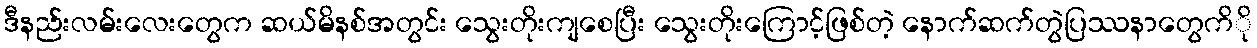
ဒီနည်းလမ်းလေးတွေက ဆယ်မိနစ်အတွင်း သွေးတိုးကျစေပြီး သွေးတိုးကြောင့်ဖြစ်တဲ့ နောက်ဆက်တွဲပြဿနာတွေကိို